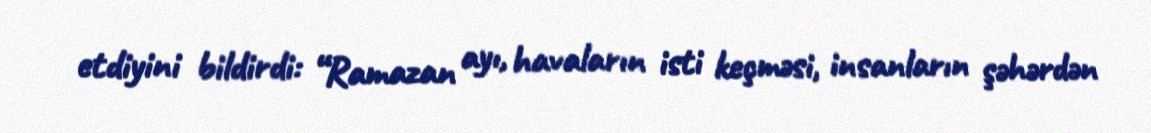
etdiyini bildirdi: “Ramazan ayı, havaların isti keçməsi, insanların şəhərdən